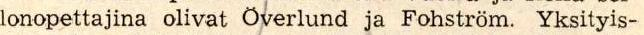
lonopettajina olivat Overlund ja Fohström. Yksityis-